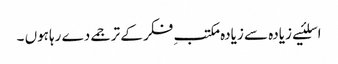
اسلئیے زیادہ سے زیادہ مکتبِ فکر کے ترجمے دے رہاہوں ۔